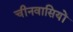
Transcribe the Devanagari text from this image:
चीनवासियों